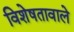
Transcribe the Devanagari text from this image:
विशेषतावाले